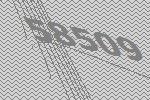
58509